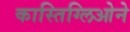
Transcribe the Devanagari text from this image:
कास्तिग्लिओने